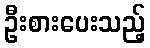
ဦးစားပေးသည့်